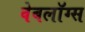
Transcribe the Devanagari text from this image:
वेबलॉग्स